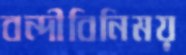
বন্দীবিনিময়